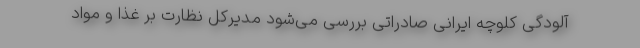
آلودگی کلوچه ایرانی صادراتی بررسی می‌شود مدیرکل نظارت بر غذا و مواد